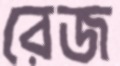
রেজ